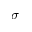
\sigma ^ { - }